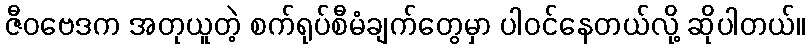
ဇီဝဗေဒက အတုယူတဲ့ စက်ရုပ်စီမံချက်တွေမှာ ပါဝင်နေတယ်လို့ ဆိုပါတယ်။